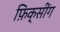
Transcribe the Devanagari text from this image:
फ़िक्सींग